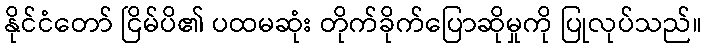
နိုင်ငံတော် ငြိမ်ပိ၏ ပထမဆုံး တိုက်ခိုက်ပြောဆိုမှုကို ပြုလုပ်သည်။